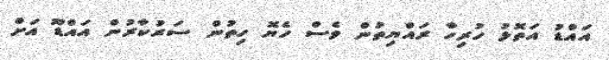
އައްޑު އަތޮޅު ހުރިހާ ރައްޔިތުން ވެސް ހެޔޮ ހިތުން ސަރުކާރުން އައްޑޫ އަށް